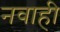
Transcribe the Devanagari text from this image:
नवाही